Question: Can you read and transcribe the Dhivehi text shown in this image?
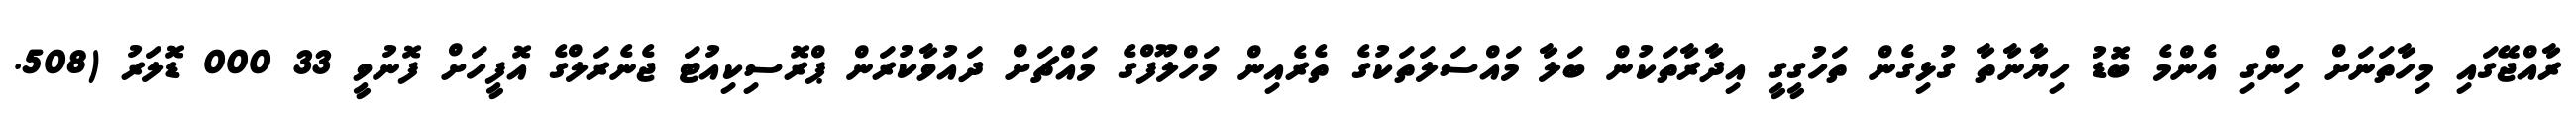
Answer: ރާއްޖޭގައި މިހާތަނަށް ހިންގި އެންމެ ބޮޑު ހިޔާނާތާ ގުޅިގެން ތަހުގީގީ އިދާރާތަކުން ބަލާ މައްސަލަތަކުގެ ތެރެއިން މަހްލޫފްގެ މައްޗަށް ދައުވާކުރަން ޕްރޮސިކިއުޓަ ޖެނެރަލްގެ އޮފީހަށް ފޮނުވީ 33 000 ޑޮލަރު (508.